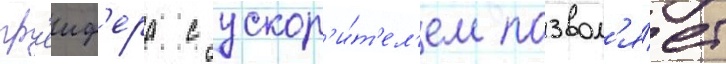
гр'еиф'ера с ускор'и́т'ел'ем позвол'я́ет